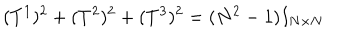
LaTeX: ( T ^ { 1 } ) ^ { 2 } + ( T ^ { 2 } ) ^ { 2 } + ( T ^ { 3 } ) ^ { 2 } = ( N ^ { 2 } - 1 ) I _ { N \times N }